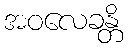
အဝလေခန္တိ